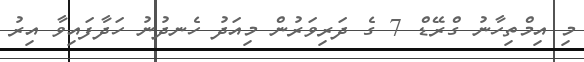
މި އިމްތިހާނު ގްރޭޑް 7 ގެ ދަރިވަރުން މިއަދު ހެނދުނު ހަދާފައިވާ އިރު